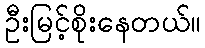
ဦးမြင့်စိုးနေတယ်။